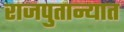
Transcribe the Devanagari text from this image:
राजपुतान्यात